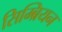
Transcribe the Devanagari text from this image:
सिम्ब्रियन